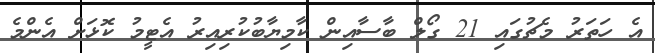
އެ ހަތަރު މެޗުގައި 21 ގޯލް ބާސާއިން ކާމިޔާބުކުރިއިރު އެޓީމު ކޮޅަށް އެންމެ